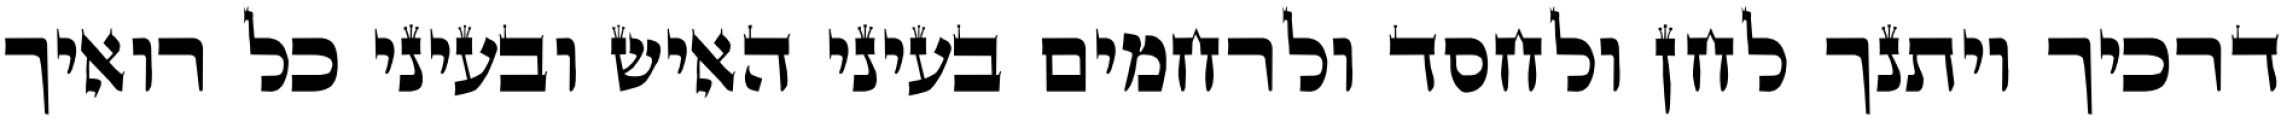
דרכיך ויתנך לחן ולחסד ולרחמים בעיני האיש ובעיני כל רואיך